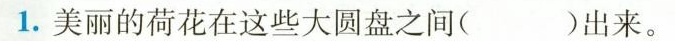
1.美丽的荷花在这些大圆盘之间( )出来。